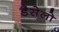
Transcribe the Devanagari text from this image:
डैसेलो